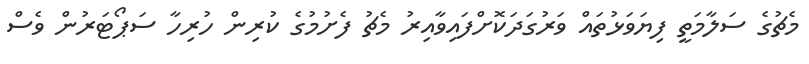
މެޗުގެ ސަލާމަތީ ފިޔަވަޅުތައް ވަރުގަދަކޮށްފައިވާއިރު މެޗު ފެށުމުގެ ކުރިން ހުރިހާ ސަޕޯޓަރުން ވެސް